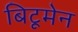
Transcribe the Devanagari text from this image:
बिटूमेन